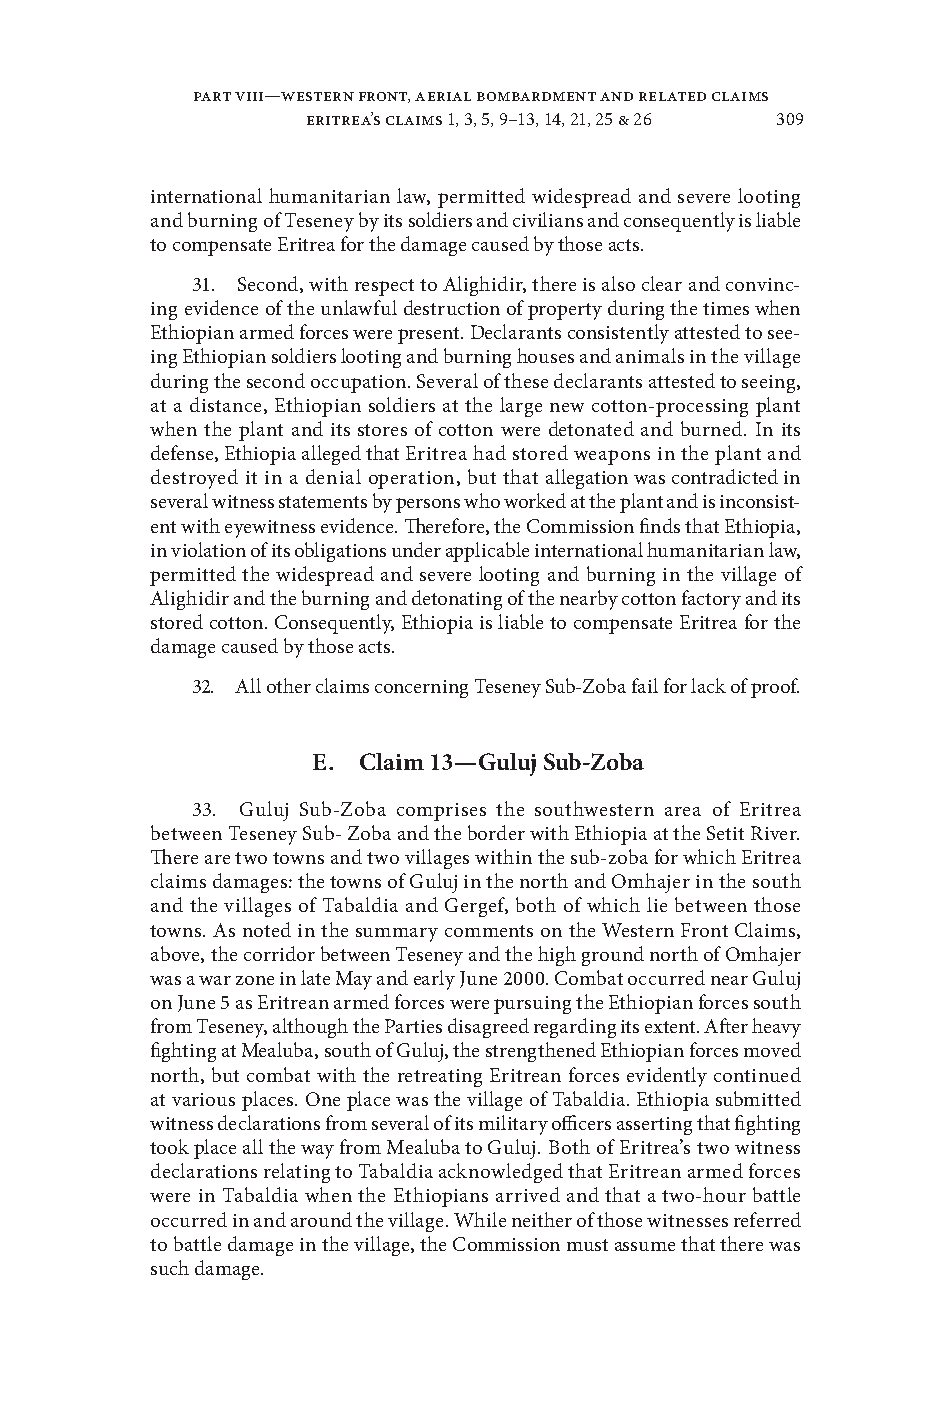
Part VIII—Western Front, Aerial Bombardment and Related Claims
 eritrea’s claims 1, 3, 5, 9–13, 14, 21, 25 & 26 309
 international humanitarian law, permitted widespread and seere looting
 and burning of Teseney by its soldiers and ciilians and consequently is liable
 to compensate Eritrea for the damage caused by those acts .
 31 . Second, with respect to Alighidir, there is also clear and coninc-
 ing eidence of the unlawful destruction of property during the times when
 Ethiopian armed forces were present . Declarants consistently attested to see-
 ing Ethiopian soldiers looting and burning houses and animals in the illage
 during the second occupation . Seeral of these declarants attested to seeing,
 at a distance, Ethiopian soldiers at the large new cotton-processing plant
 when the plant and its stores of cotton were detonated and burned . In its
 defense, Ethiopia alleged that Eritrea had stored weapons in the plant and
 destroyed it in a denial operation, but that allegation was contradicted in
 seeral witness statements by persons who worked at the plant and is inconsist-
 ent with eyewitness eidence . Therefore, the Commission finds that Ethiopia,
 in iolation of its obligations under applicable international humanitarian law,
 permitted the widespread and seere looting and burning in the illage of
 Alighidir and the burning and detonating of the nearby cotton factory and its
 stored cotton . Consequently, Ethiopia is liable to compensate Eritrea for the
 damage caused by those acts .
 32 . All other claims concerning Teseney Sub-Zoba fail for lack of proof .
 e. Claim 13—Guluj sub-Zoba
 33 . Guluj Sub-Zoba comprises the southwestern area of Eritrea
 between Teseney Sub- Zoba and the border with Ethiopia at the Setit Rier .
 There are two towns and two illages within the sub-zoba for which Eritrea
 claims damages: the towns of Guluj in the north and Omhajer in the south
 and the illages of Tabaldia and Gergef, both of which lie between those
 towns . As noted in the summary comments on the Western Front Claims,
 aboe, the corridor between Teseney and the high ground north of Omhajer
 was a war zone in late May and early June 2000 . Combat occurred near Guluj
 on June 5 as Eritrean armed forces were pursuing the Ethiopian forces south
 from Teseney, although the Parties disagreed regarding its extent . After heay
 fighting at Mealuba, south of Guluj, the strengthened Ethiopian forces moed
 north, but combat with the retreating Eritrean forces eidently continued
 at arious places . One place was the illage of Tabaldia . Ethiopia submitted
 witness declarations from seeral of its military officers asserting that fighting
 took place all the way from Mealuba to Guluj . Both of Eritrea’s two witness
 declarations relating to Tabaldia acknowledged that Eritrean armed forces
 were in Tabaldia when the Ethiopians arried and that a two-hour battle
 occurred in and around the illage . While neither of those witnesses referred
 to battle damage in the illage, the Commission must assume that there was
 such damage .